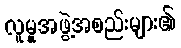
လူမှုအဖွဲ့အစည်းများ၏